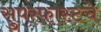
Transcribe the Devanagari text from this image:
सुपरफास्टचे